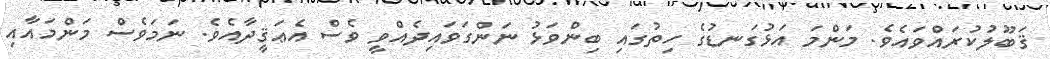
ޤަބޫލުކުރައްވައެވެ. މަންމަ އަޅުގަނޑުގެ ހިތުގައި ބިންވަޅު ނަންގަވައިދެއްވީ ވެސް އެޢަޤީދާއެވެ. ނަމަވެސް މަންމައާއި